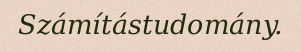
Számítástudomány.